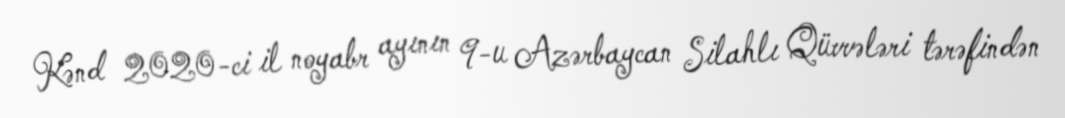
Kənd 2020-ci il noyabr ayının 9-u Azərbaycan Silahlı Qüvvələri tərəfindən